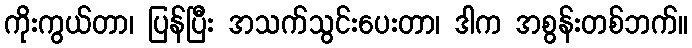
ကိုးကွယ်တာ၊ ပြန်ပြီး အသက်သွင်းပေးတာ၊ ဒါက အစွန်းတစ်ဘက်။